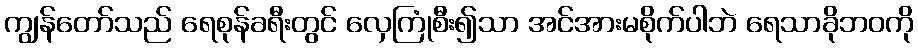
ကျွန်တော်သည် ရေစုန်ခရီးတွင် လှေကြုံစီး၍သာ အင်အားမစိုက်ပါဘဲ ရေသာခိုဘဝကို